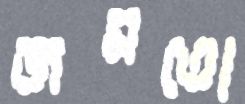
জমতো